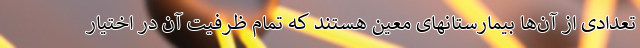
تعدادی از آن‌ها بیمارستانهای معین هستند که تمام ظرفیت آن در اختیار